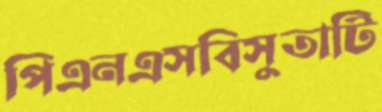
পিএনএসবিসুতাটি